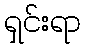
ရှင်းရာ